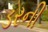
ડરની